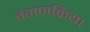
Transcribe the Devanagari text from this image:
वंगणक्रिया